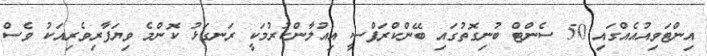
އިންޓަވިއުއެއްގައި 50 ސެންޓް ބުނިގޮތުގައި ބޭންކްރަޕްސީ އިއުލާންކުރުމަކީ ރަނގަޅު ކޮންމެ ވިޔަފާރިވެރިއަކު ވެސް